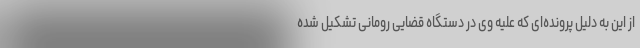
از این به دلیل پرونده‌ای که علیه وی در دستگاه قضایی رومانی تشکیل شده